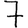
Digit: 7